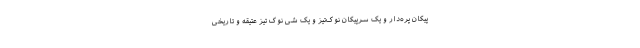
پیکان پره­دار و یک سرپیکان نوک‌تیز و یک شی نوک تیز عتیقه و تاریخی